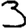
Digit: 3